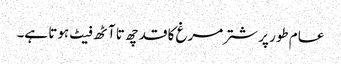
عام طور پر شتر مرغ کا قد چھ تا آٹھ فیٹ ہوتا ہے۔